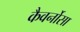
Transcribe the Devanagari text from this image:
कैवर्नोसा